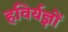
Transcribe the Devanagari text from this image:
हविर्यज्ञों